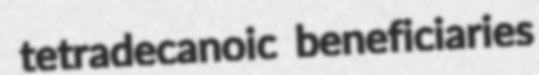
tetradecanoic beneficiaries